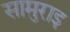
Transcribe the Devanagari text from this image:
सामुराइ